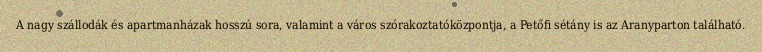
A nagy szállodák és apartmanházak hosszú sora, valamint a város szórakoztatóközpontja, a Petőfi sétány is az Aranyparton található.